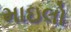
માઇલો